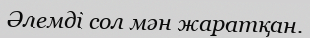
Әлемді сол мән жаратқан.